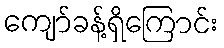
ကျော်ခန့်ရှိကြောင်း